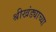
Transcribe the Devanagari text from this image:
श्रीखंड्याच्या